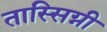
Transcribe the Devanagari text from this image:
तास्सिग्नी